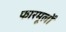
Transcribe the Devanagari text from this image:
फारमूलों